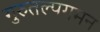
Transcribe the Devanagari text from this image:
गुरुतल्पगमन